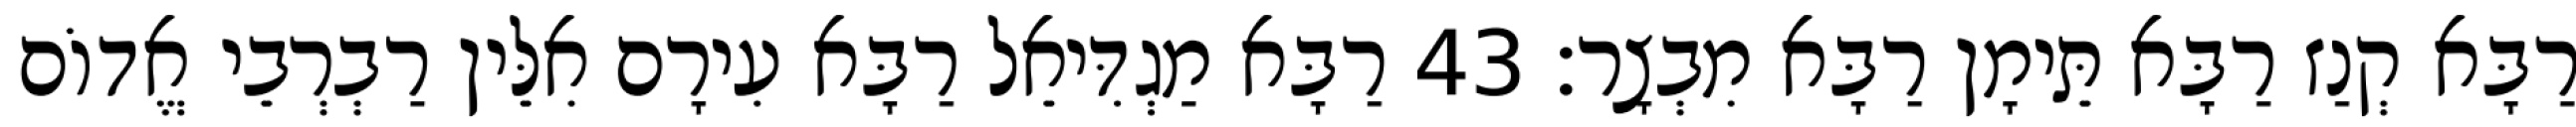
רַבָּא קְנַז רַבָּא תֵּימָן רַבָּא מִבְצָר׃ 43 רַבָּא מַגְדִּיאֵל רַבָּא עִירָם אִלֵּין רַבְרְבֵי אֱדוֹם